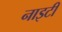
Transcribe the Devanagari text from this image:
नाइटी